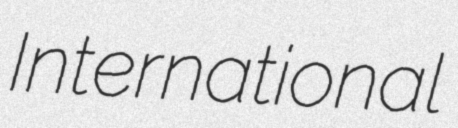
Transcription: International